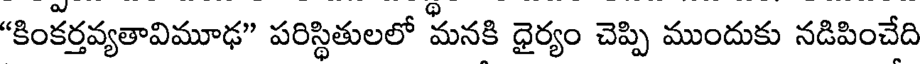
"కింకర్తవ్యతావిమూఢ" పరిస్థితులలో మనకి ధైర్యం చెప్పి ముందుకు నడిపించేది